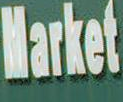
market